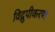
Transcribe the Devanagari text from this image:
विद्रुपीकरण